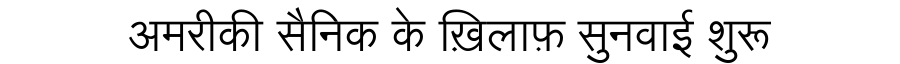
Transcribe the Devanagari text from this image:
अमरीकी सैनिक के ख़िलाफ़ सुनवाई शुरू